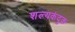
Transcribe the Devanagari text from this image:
शल्यकंदुक